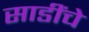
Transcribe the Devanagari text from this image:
साडींचे